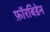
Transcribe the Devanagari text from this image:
फ़ॉरबिडेन